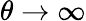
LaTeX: \theta\to\infty